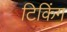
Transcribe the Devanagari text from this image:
टिकिंग